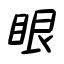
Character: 眼